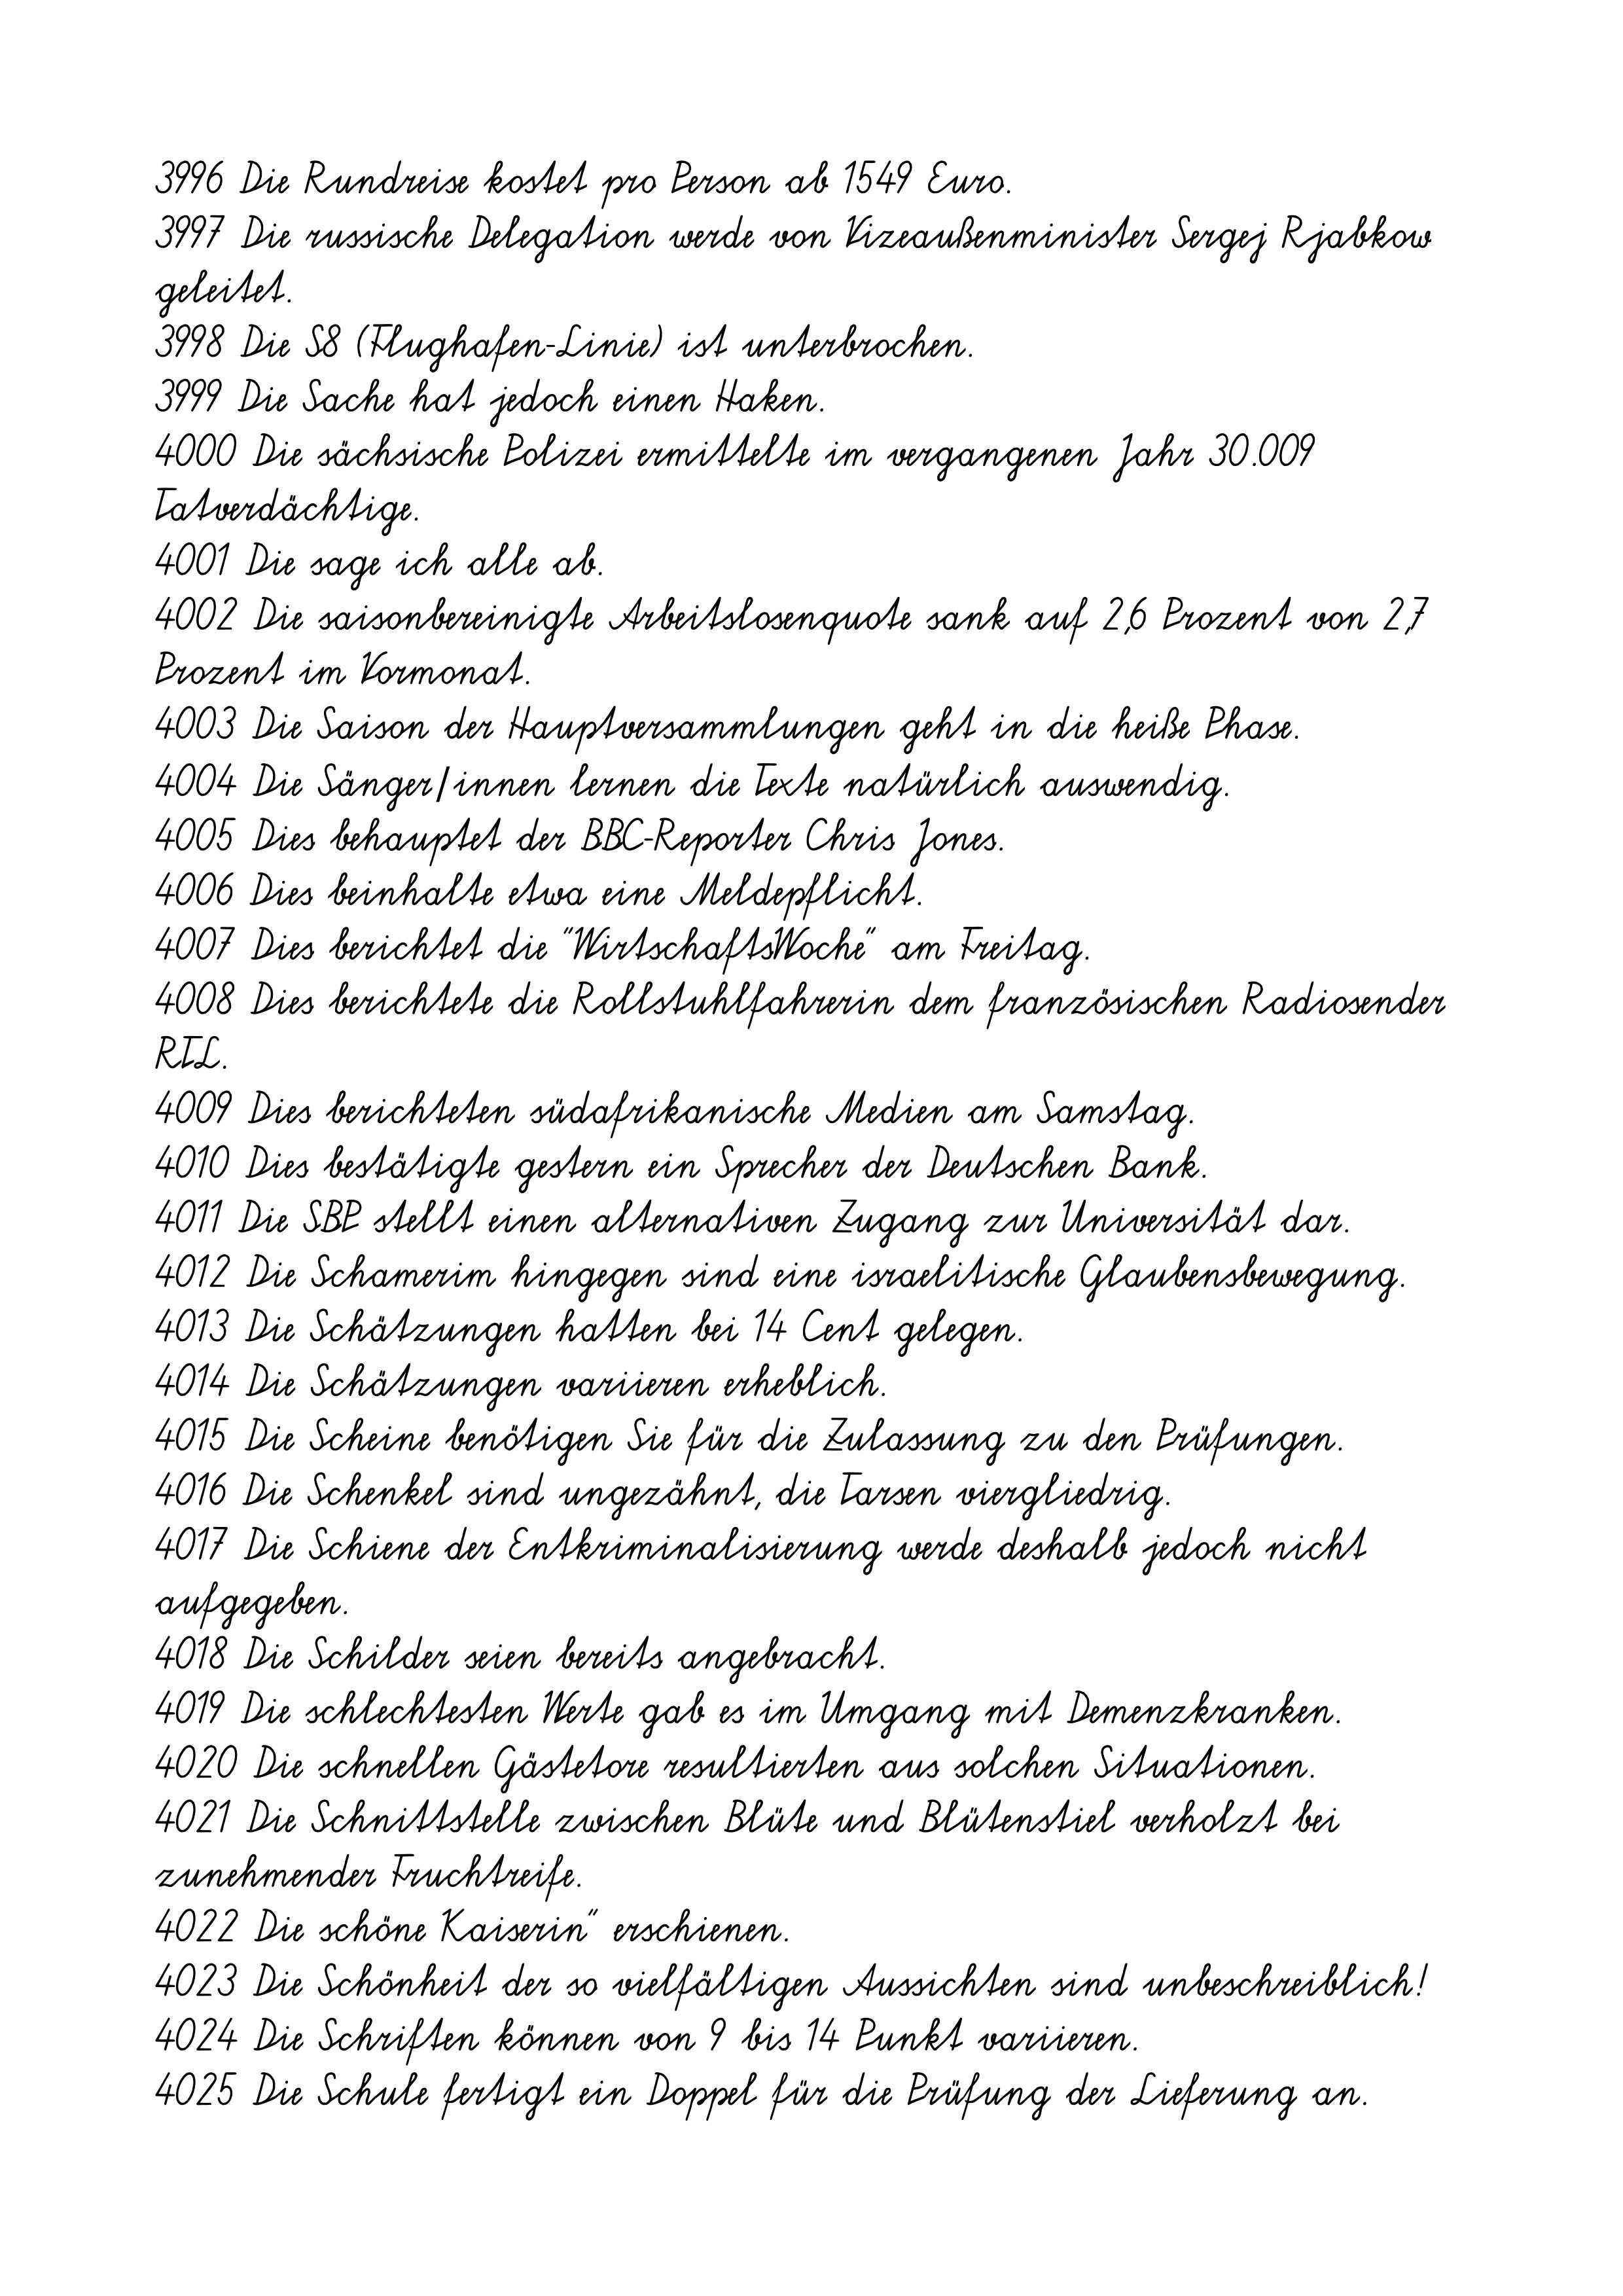
3996 Die Rundreise kostet pro Person ab 1549 Euro.
3997 Die russische Delegation werde von Vizeaußenminister Sergej Rjabkow
geleitet.
3998 Die S8 (Flughafen-Linie) ist unterbrochen.
3999 Die Sache hat jedoch einen Haken.
4000 Die sächsische Polizei ermittelte im vergangenen Jahr 30.009
Tatverdächtige.
4001 Die sage ich alle ab.
4002 Die saisonbereinigte Arbeitslosenquote sank auf 2,6 Prozent von 2,7
Prozent im Vormonat.
4003 Die Saison der Hauptversammlungen geht in die heiße Phase.
4004 Die Sänger/innen lernen die Texte natürlich auswendig.
4005 Dies behauptet der BBC-Reporter Chris Jones.
4006 Dies beinhalte etwa eine Meldepflicht.
4007 Dies berichtet die "WirtschaftsWoche" am Freitag.
4008 Dies berichtete die Rollstuhlfahrerin dem französischen Radiosender
RTL.
4009 Dies berichteten südafrikanische Medien am Samstag.
4010 Dies bestätigte gestern ein Sprecher der Deutschen Bank.
4011 Die SBP stellt einen alternativen Zugang zur Universität dar.
4012 Die Schamerim hingegen sind eine israelitische Glaubensbewegung.
4013 Die Schätzungen hatten bei 14 Cent gelegen.
4014 Die Schätzungen variieren erheblich.
4015 Die Scheine benötigen Sie für die Zulassung zu den Prüfungen.
4016 Die Schenkel sind ungezähnt, die Tarsen viergliedrig.
4017 Die Schiene der Entkriminalisierung werde deshalb jedoch nicht
aufgegeben.
4018 Die Schilder seien bereits angebracht.
4019 Die schlechtesten Werte gab es im Umgang mit Demenzkranken.
4020 Die schnellen Gästetore resultierten aus solchen Situationen.
4021 Die Schnittstelle zwischen Blüte und Blütenstiel verholzt bei
zunehmender Fruchtreife.
4022 Die schöne Kaiserin" erschienen.
4023 Die Schönheit der so vielfältigen Aussichten sind unbeschreiblich!
4024 Die Schriften können von 9 bis 14 Punkt variieren.
4025 Die Schule fertigt ein Doppel für die Prüfung der Lieferung an.